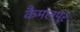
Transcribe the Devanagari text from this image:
कैमलपुर